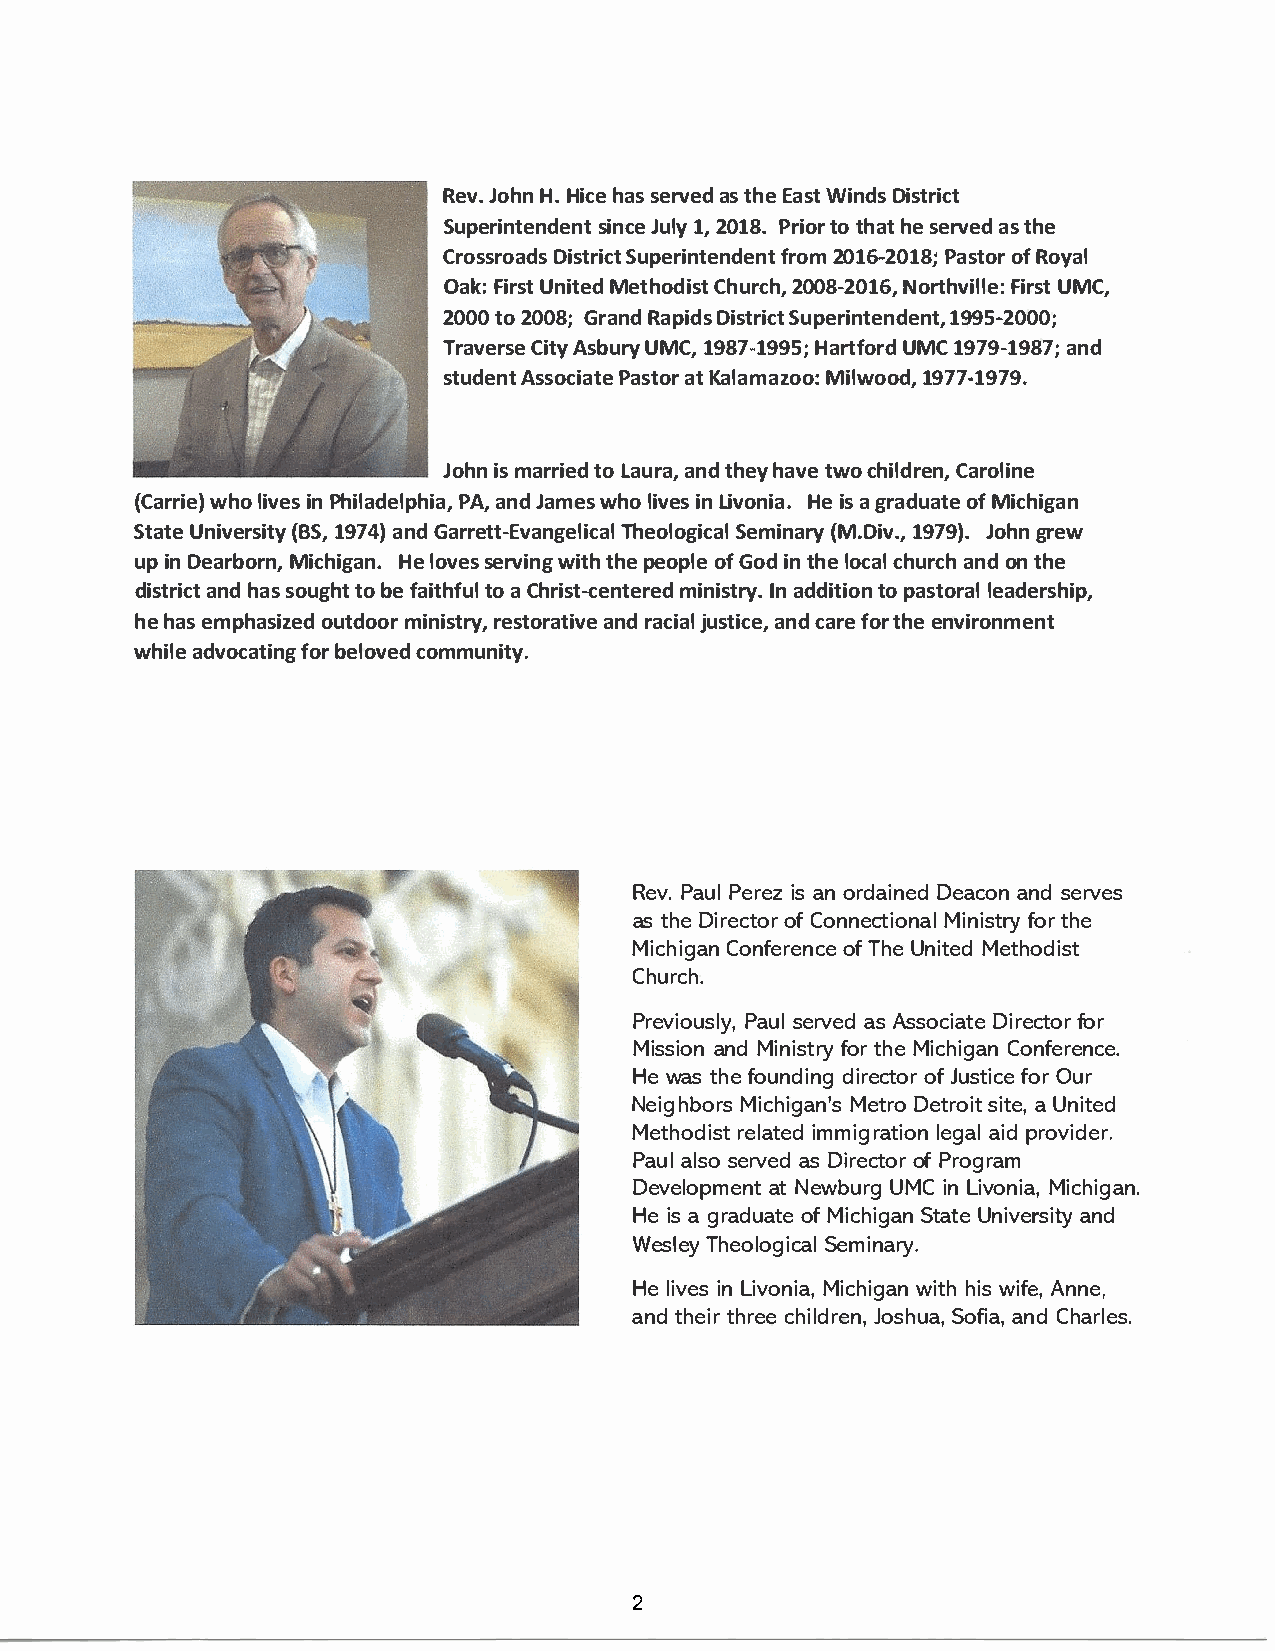
RevJo.h Hn.H ihcaess e ravset dhE ea Wsitn Ddiss trict
 SuperinstiennJcdue1el ,2ny 0t 1 P8r.i tootr h haets eravset dh e
 CrossDriosatSdrusip cetr inftreo2nm0d 1e6n-tP2 a0s1ot8fRo; or y al
 OakF:i rUsnti Mteetd hoCdhiusr2tc0 h0,8 -2016,F iNrUosMrtCt ,h ville:
 200t0o2 00G8r;a Rnadp ids District    Superintendent,         1995-2000;
 TravCeirAtssyeb uUrMyC1 ,9 87-H1a9r9t5Uf;Mo C1r 9d7 9-a1n9d8 7;
 student     PAasssatotKoc aril aatmea zoo:1 9M7i7l-w1o9o7d9,.
 Johinms a rrtioLe adu arnatd,h ehya vtew coh ilCdarreonl,i ne
 (Carwrhiole i)vi enPs h iladPeAla,pn hJdia amw,eh so liinLv ievso Hneii aasg. r adoufaM tiec higan
 StaUtnei ve(rBs1Si9,t7 ay4n )Gd a rrett-ETvhaenogleoSlgeiimcciaan(llaM r.yD1 i9v7.9J,)o .hg nr ew
 upi nD earbMoircnh,i Hgeal no.vs eesr vwiinttghhp ee opolfGe o idnt hleo ccahlu racnohdn t he
 distarnhidac ssto ugthobt ef aitthoafC uhlr ist-mciennitIseantrd redydi. tt opi aosnt loeraadle rship,
 heh aesm phasoiuztedmdoi onri rsetsrtyo,ar nardta icvjiueas lta inccdea ,rf eot rh een vironment
 whialdev ocfaotbrie nlgoc voemdm unity.
 RevP.a uPle riesaz no rdaiDneeadca onnsd e rves
 ast hDei reocfCt oonrn ectMiionniafoslrt ryt he
 MichiCgoannf eroefTn hcUeen itMeedt hodist
 Church.
 PreviPoauusslel ryv,ae sAd s socDiiarteefc otro r
 MissainoMdni nifosrtt rhMyei chiCgoannf erence.
 Hew atsh foeu ndidnigr eocfJt uosrtf ioOcrue r
 NeighMbiocrhsi MgeatnDr'eost rsoiitatUe n,i ted
 Methordeilsaittm emdi grlaetgaiaiopldnr ovider.
 Pauall ssoe rvaesDd i reocfPt roorg ram
 DeveloaptmN eenwtb uUrMgCi nL ivoMniicah,i gan.
 Hei asg raduoafMt iec hiSgtaaUntn ei vearnsdi ty
 WeslTehye oloSgeimcianla ry.
 Hel ivienLs i voMniicah,iw giathnhiw si fAen,n e,
 antdh etihrrc ehei lJdorsehnSu,oa f,ai naCd,h arles.
 2